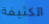
الكثيفة